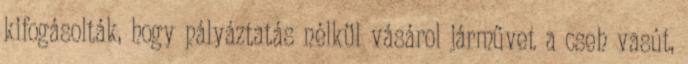
kifogásolták, hogy pályáztatás nélkül vásárol járművet a cseh vasút,